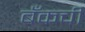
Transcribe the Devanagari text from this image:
बँकची